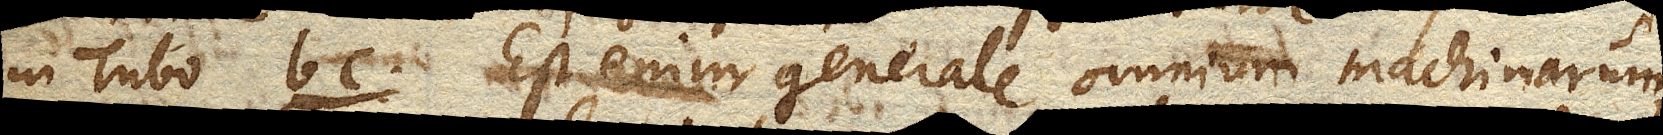
in Tubo bc. Est enim generale omnium machinarum